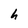
Character: h